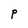
Character: P